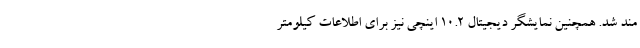
مند شد. همچنین نمایشگر دیجیتال 10.2 اینچی نیز برای اطلاعات کیلومتر